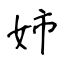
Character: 姉